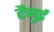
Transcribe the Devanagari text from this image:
टैनुई